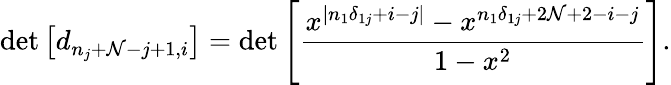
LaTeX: \operatorname*{det}\left[d_{n_{j}+\mathcal{N}-j+1,i}\right]=\operatorname*{det}\left[\frac{{x^{|n_{1}\delta_{1j}+i-j|}-x^{n_{1}\delta_{1j}+2\mathcal{N}+2-i-j}}}{{1-x^{2}}}\right].